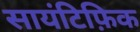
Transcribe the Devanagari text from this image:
सायंटिफ़िक